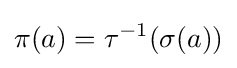
\pi (a)=\tau ^{-1}(\sigma (a))